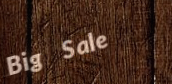
Big Sale